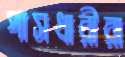
পাসধারীরা